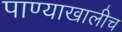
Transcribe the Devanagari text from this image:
पाण्याखालीच